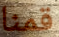
قمنا